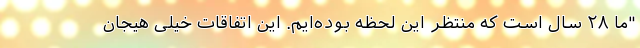
"ما ۲۸ سال است که منتظر این لحظه بوده‌ایم. این اتفاقات خیلی هیجان